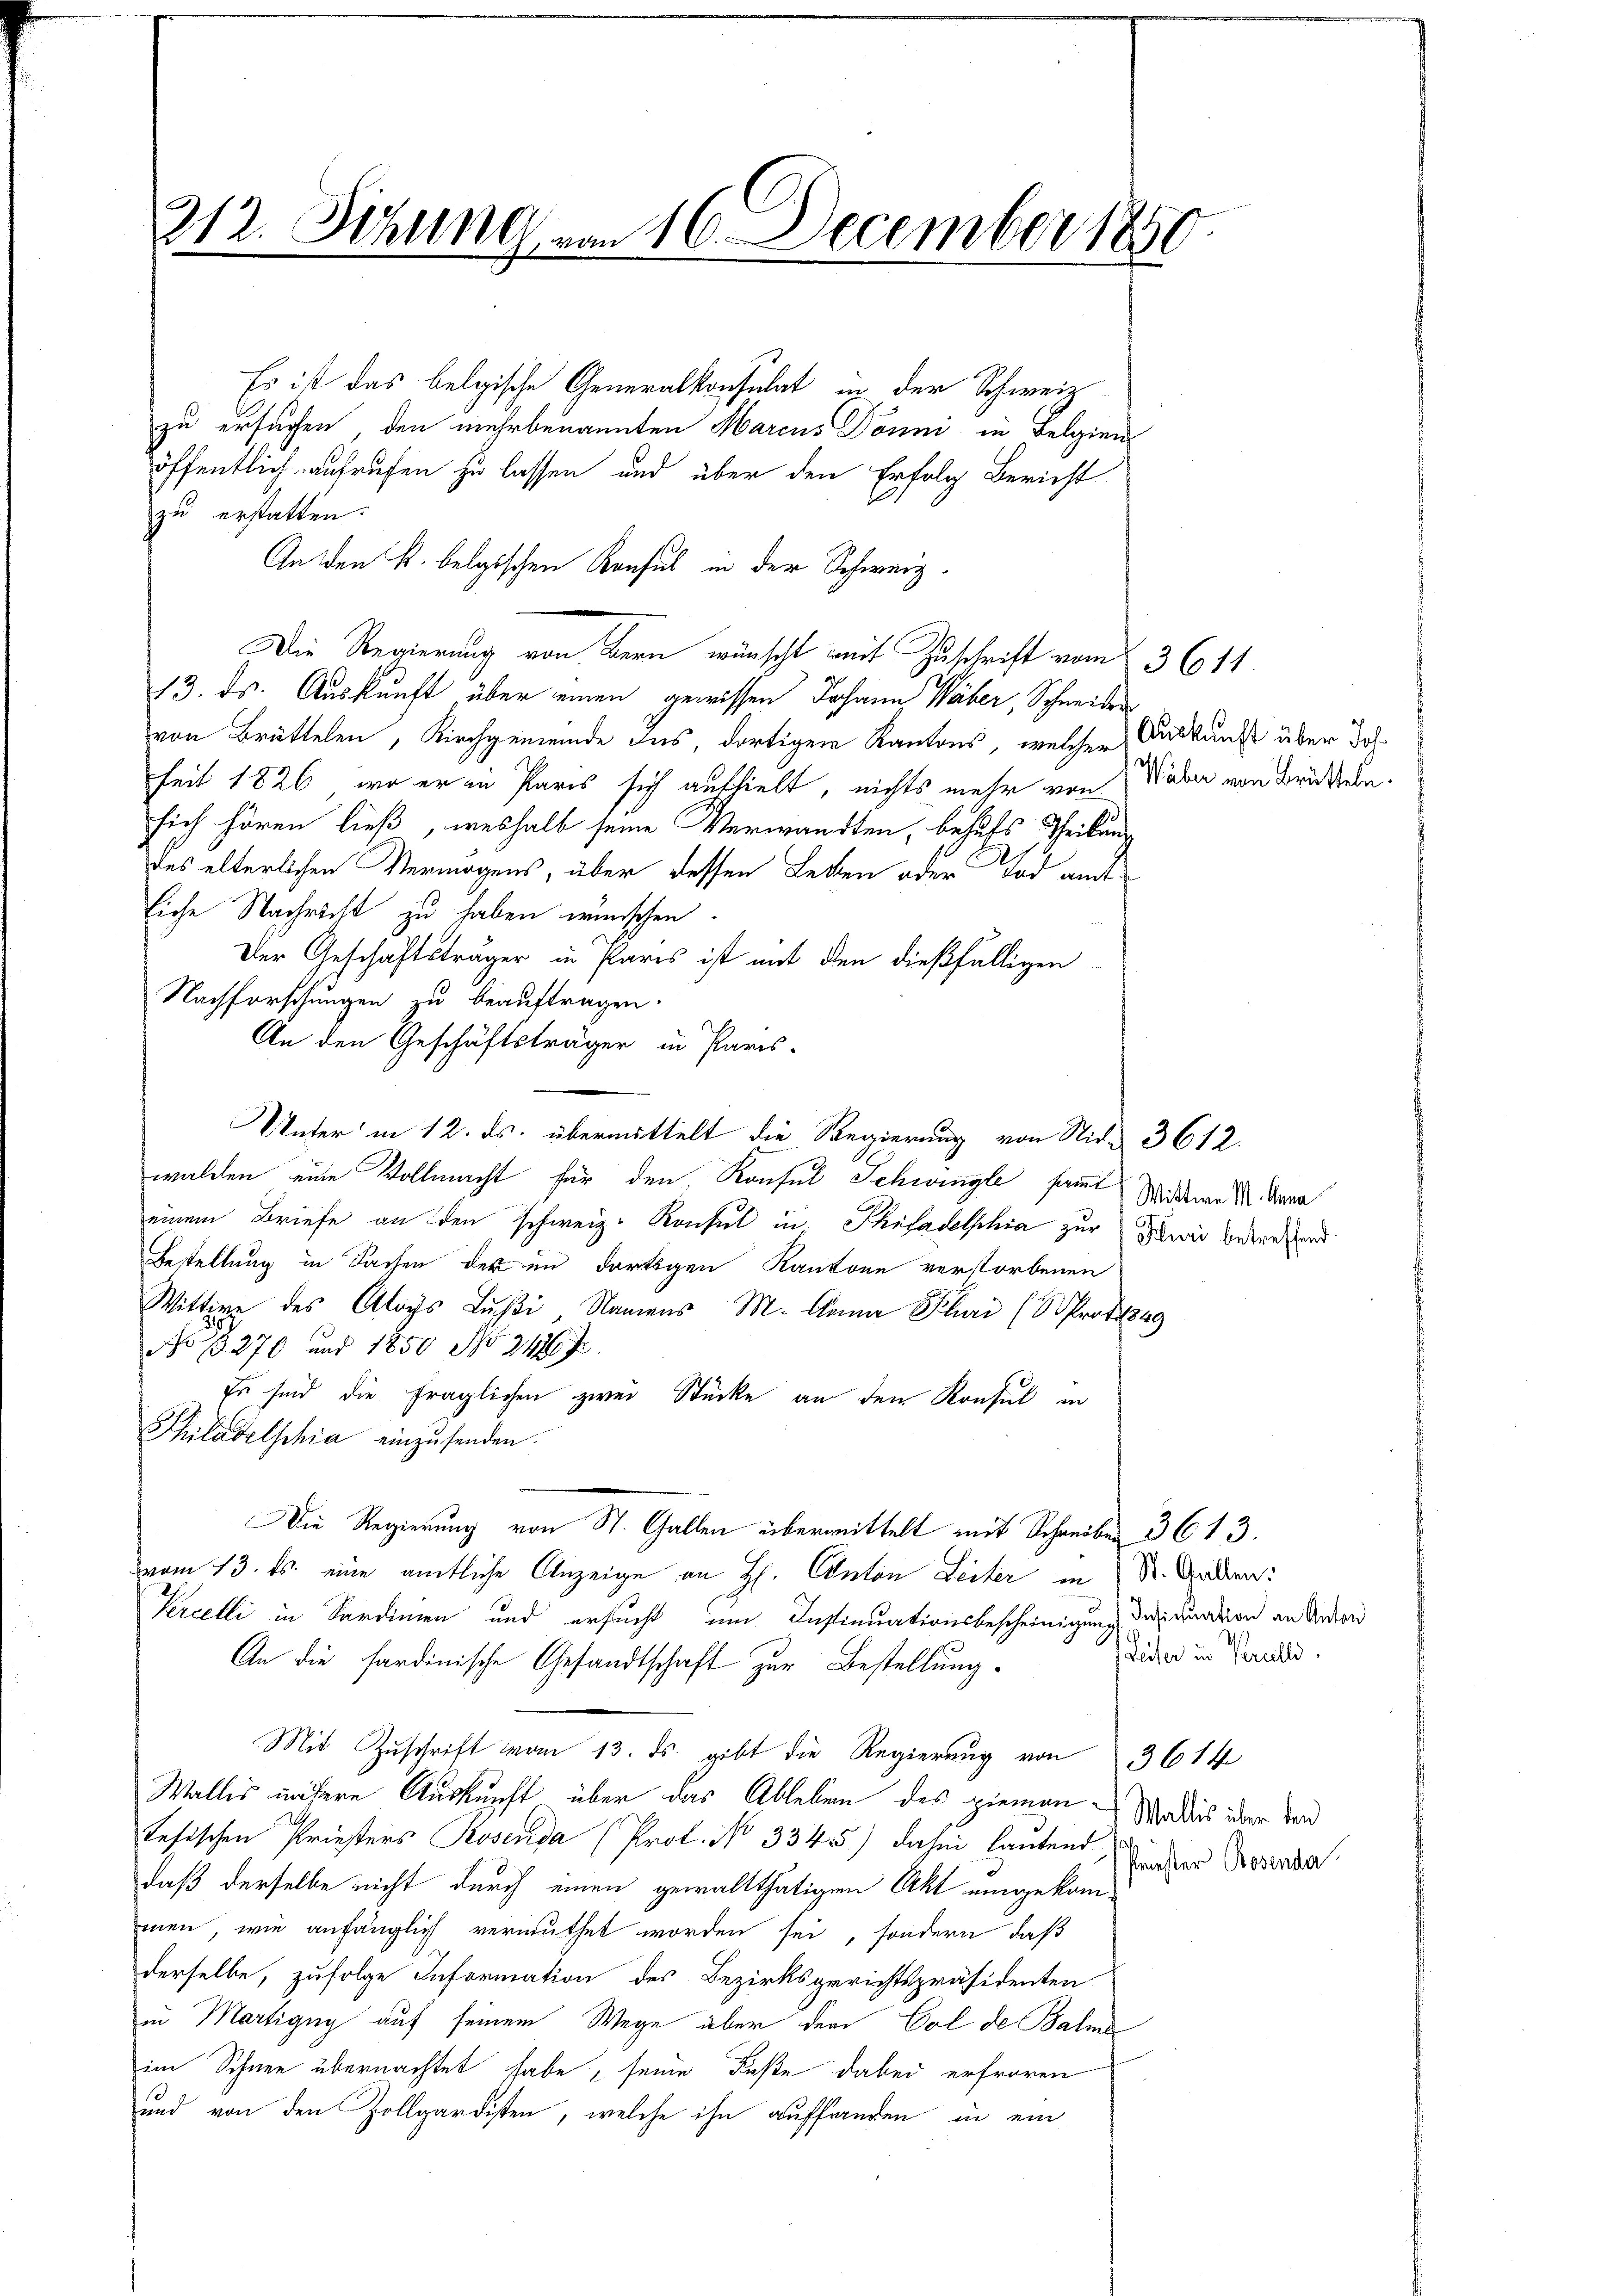
212. Sitzung vom 16. December 1850.

Es ist das belgische Generalkonsulat in der Schweiz
zu ersuchen, den mehrbenannten Marcus Dönni in Belgien
öffentlich aufrufen zu lassen und über den Erfolg Bericht
zu erstatten.
An den k. belgischen Konsul in der Schweiz.
Die Regierung von Bern wünscht mit Zuschrift vom 2. 3611.
13. ds. Auskunft über einen gewissen Johann Wäber, Schneider
von Brüttelen, Kirchgemeinde das, dortigen Kantons, welcher Auskunft über dah
seit 1826, wo er in Paris sich aufhielt, nichts mehr von Waber von Brükensich hören ließ, weshalb seine Verwandten, behufs Theilung
des elterlichen Vermögens, über dessen Letten oder Tod amtliche Nachricht zu haben wünschen.
Der Geschäftsträger in Paris ist mit den dießfälligen
Nachforschungen zu beauftragen.
An den Geschäftsträger in Paris-
Unter in 12. ds. übermittelt die Regierung von Nid. 3612.
walden eine Vollmacht für den Konsul Schwingle sammt Widere d. darna
einem Briefe an den schweiz. Konsul in Philadelphia zur wie betreffend
Bestellung in Sachen der im dortigen Kantone verstorbenen
Wittwe des Aloys Lusti - Namens M. Anna Kli (Prog
No 13270 und 1850 No 1467
Es sind die fraglichen zwei Stücke an den Konsul in
Philadelschia einzusenden.
Die Regierung von St. Gallen übermittelt mit Schreiben 3613.
vom 13. ds. eine amtliche Anzeige an H. Canton Leiter in St. Gaben:
Percelli in Sardinien und ersucht um Instinuationsbescheinigung des duation an Anton
An die sardinische Gesandtschaft zur Bestellung.
Mit Zuschrift vom 13. ds. gibt die Regierung von 3614
Wallis nähere Auskunft über das Ableben des Hiemantesischen Priesters Rosenda (Prof. No 33 4) dahin lautend, inder Rosenda
daß derselbe nicht durch einen gewaltthätigen Akt eingekommen, wie anfänglich vermuthet worden sei, sondern, daß
derselbe, zufolge Information des Bezirksgerichtspräsidenten
in Martigug auf seinem Wege über dem Col de Balmsim Schnee übernachtet habe, seine Fuße dabei erfroren
und von den Zollgardisten, welche ihn auffanden in ein

Leiter in Pareilli

Wallis über den